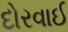
દોરવાઈ